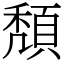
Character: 頽